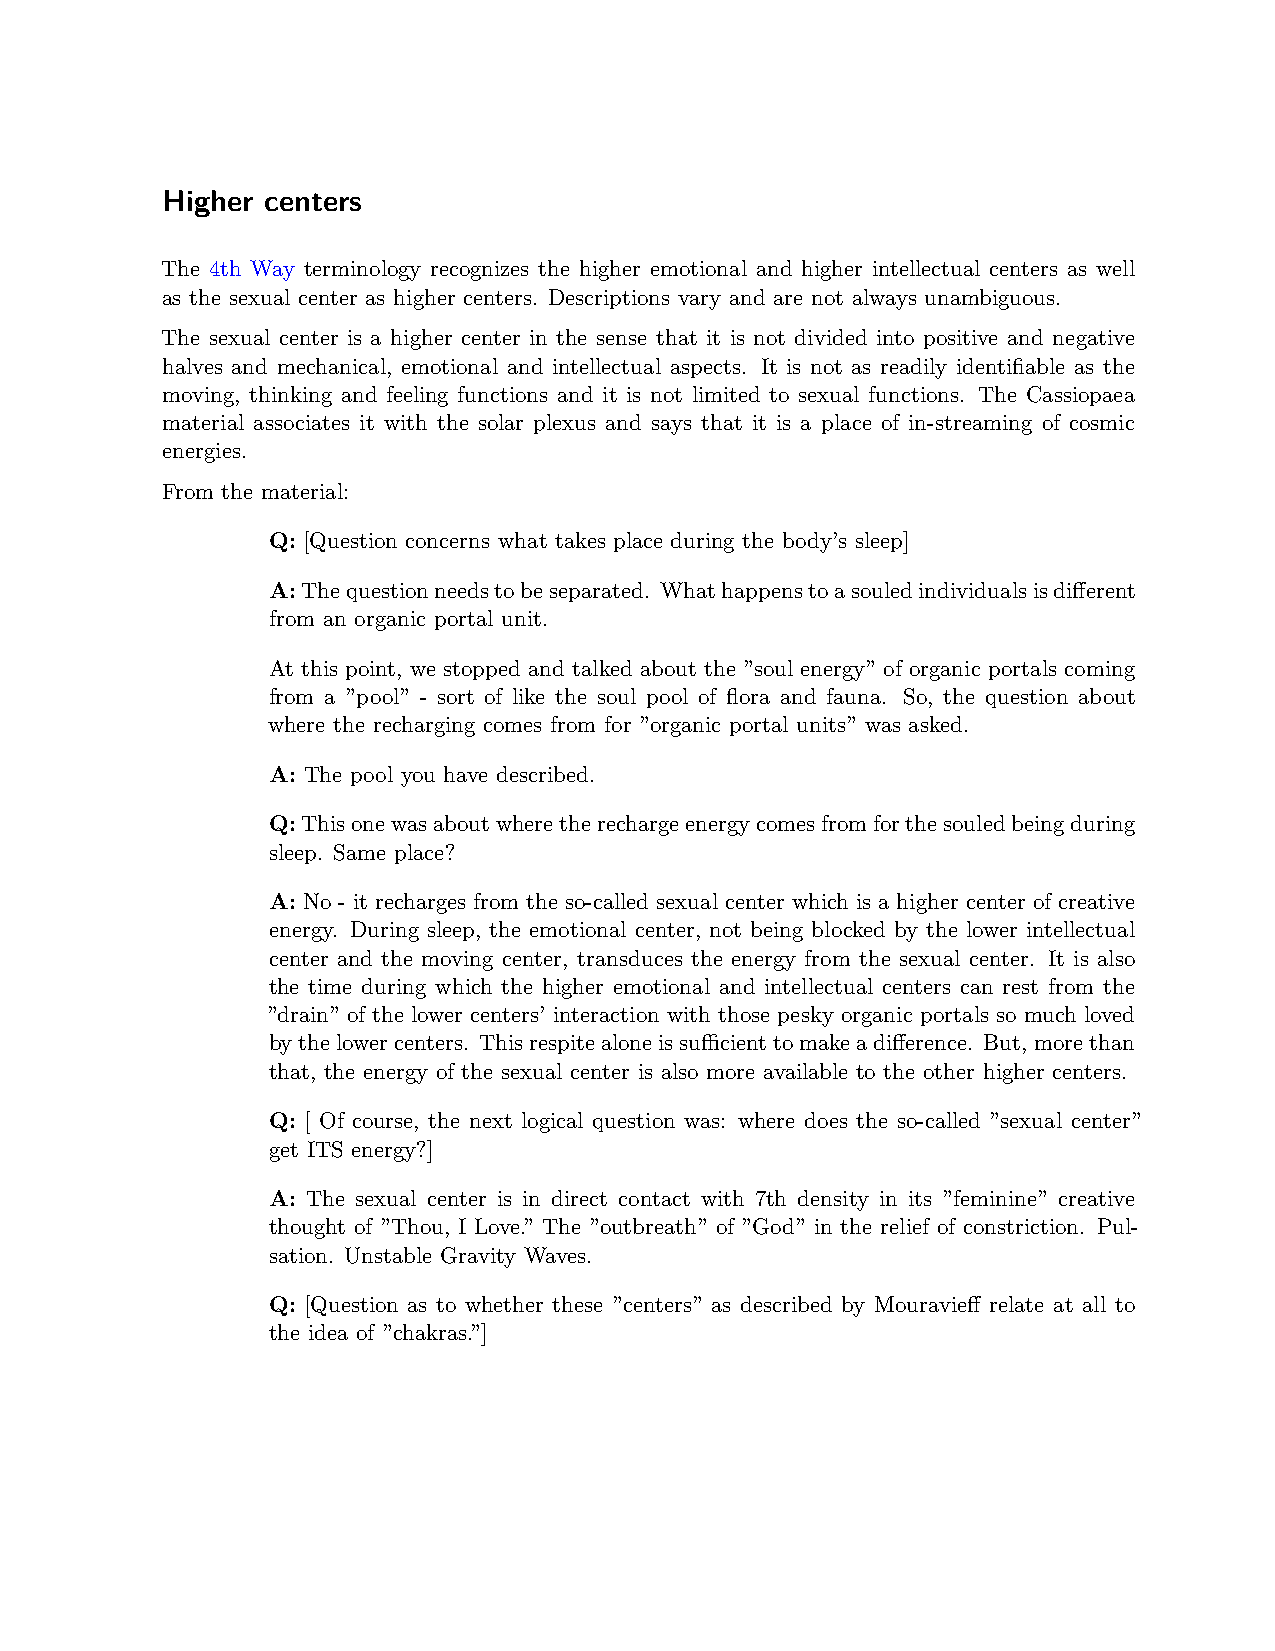
Higher centers
 The 4th Way terminology recognizes the higher emotional and higher intellectual centers as well
 as the sexual center as higher centers. Descriptions vary and are not always unambiguous.
 The sexual center is a higher center in the sense that it is not divided into positive and negative
 halves and mechanical, emotional and intellectual aspects. It is not as readily identifiable as the
 moving, thinking and feeling functions and it is not limited to sexual functions. The Cassiopaea
 material associates it with the solar plexus and says that it is a place of in-streaming of cosmic
 energies.
 From the material:
 Q: [Question concerns what takes place during the body’s sleep]
 A:Thequestionneedstobeseparated. Whathappenstoasouledindividualsisdifferent
 from an organic portal unit.
 At this point, we stopped and talked about the ”soul energy” of organic portals coming
 from a ”pool” - sort of like the soul pool of flora and fauna. So, the question about
 where the recharging comes from for ”organic portal units” was asked.
 A: The pool you have described.
 Q:Thisonewasaboutwheretherechargeenergycomesfromforthesouledbeingduring
 sleep. Same place?
 A: No - it recharges from the so-called sexual center which is a higher center of creative
 energy. During sleep, the emotional center, not being blocked by the lower intellectual
 center and the moving center, transduces the energy from the sexual center. It is also
 the time during which the higher emotional and intellectual centers can rest from the
 ”drain” of the lower centers’ interaction with those pesky organic portals so much loved
 bythelowercenters. Thisrespitealoneissuﬀicienttomakeadifference. But,morethan
 that, the energy of the sexual center is also more available to the other higher centers.
 Q: [ Of course, the next logical question was: where does the so-called ”sexual center”
 get ITS energy?]
 A: The sexual center is in direct contact with 7th density in its ”feminine” creative
 thought of ”Thou, I Love.” The ”outbreath” of ”God” in the relief of constriction. Pul-
 sation. Unstable Gravity Waves.
 Q: [Question as to whether these ”centers” as described by Mouravieff relate at all to
 the idea of ”chakras.”]